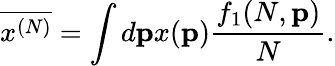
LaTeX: \overline{{{x^{(N)}}}}=\int d{\mathbf p}x({\mathbf p})\frac{f_{1}(N,{\mathbf p})}{N}.